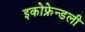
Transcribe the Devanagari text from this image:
इकोफ्रेन्डली